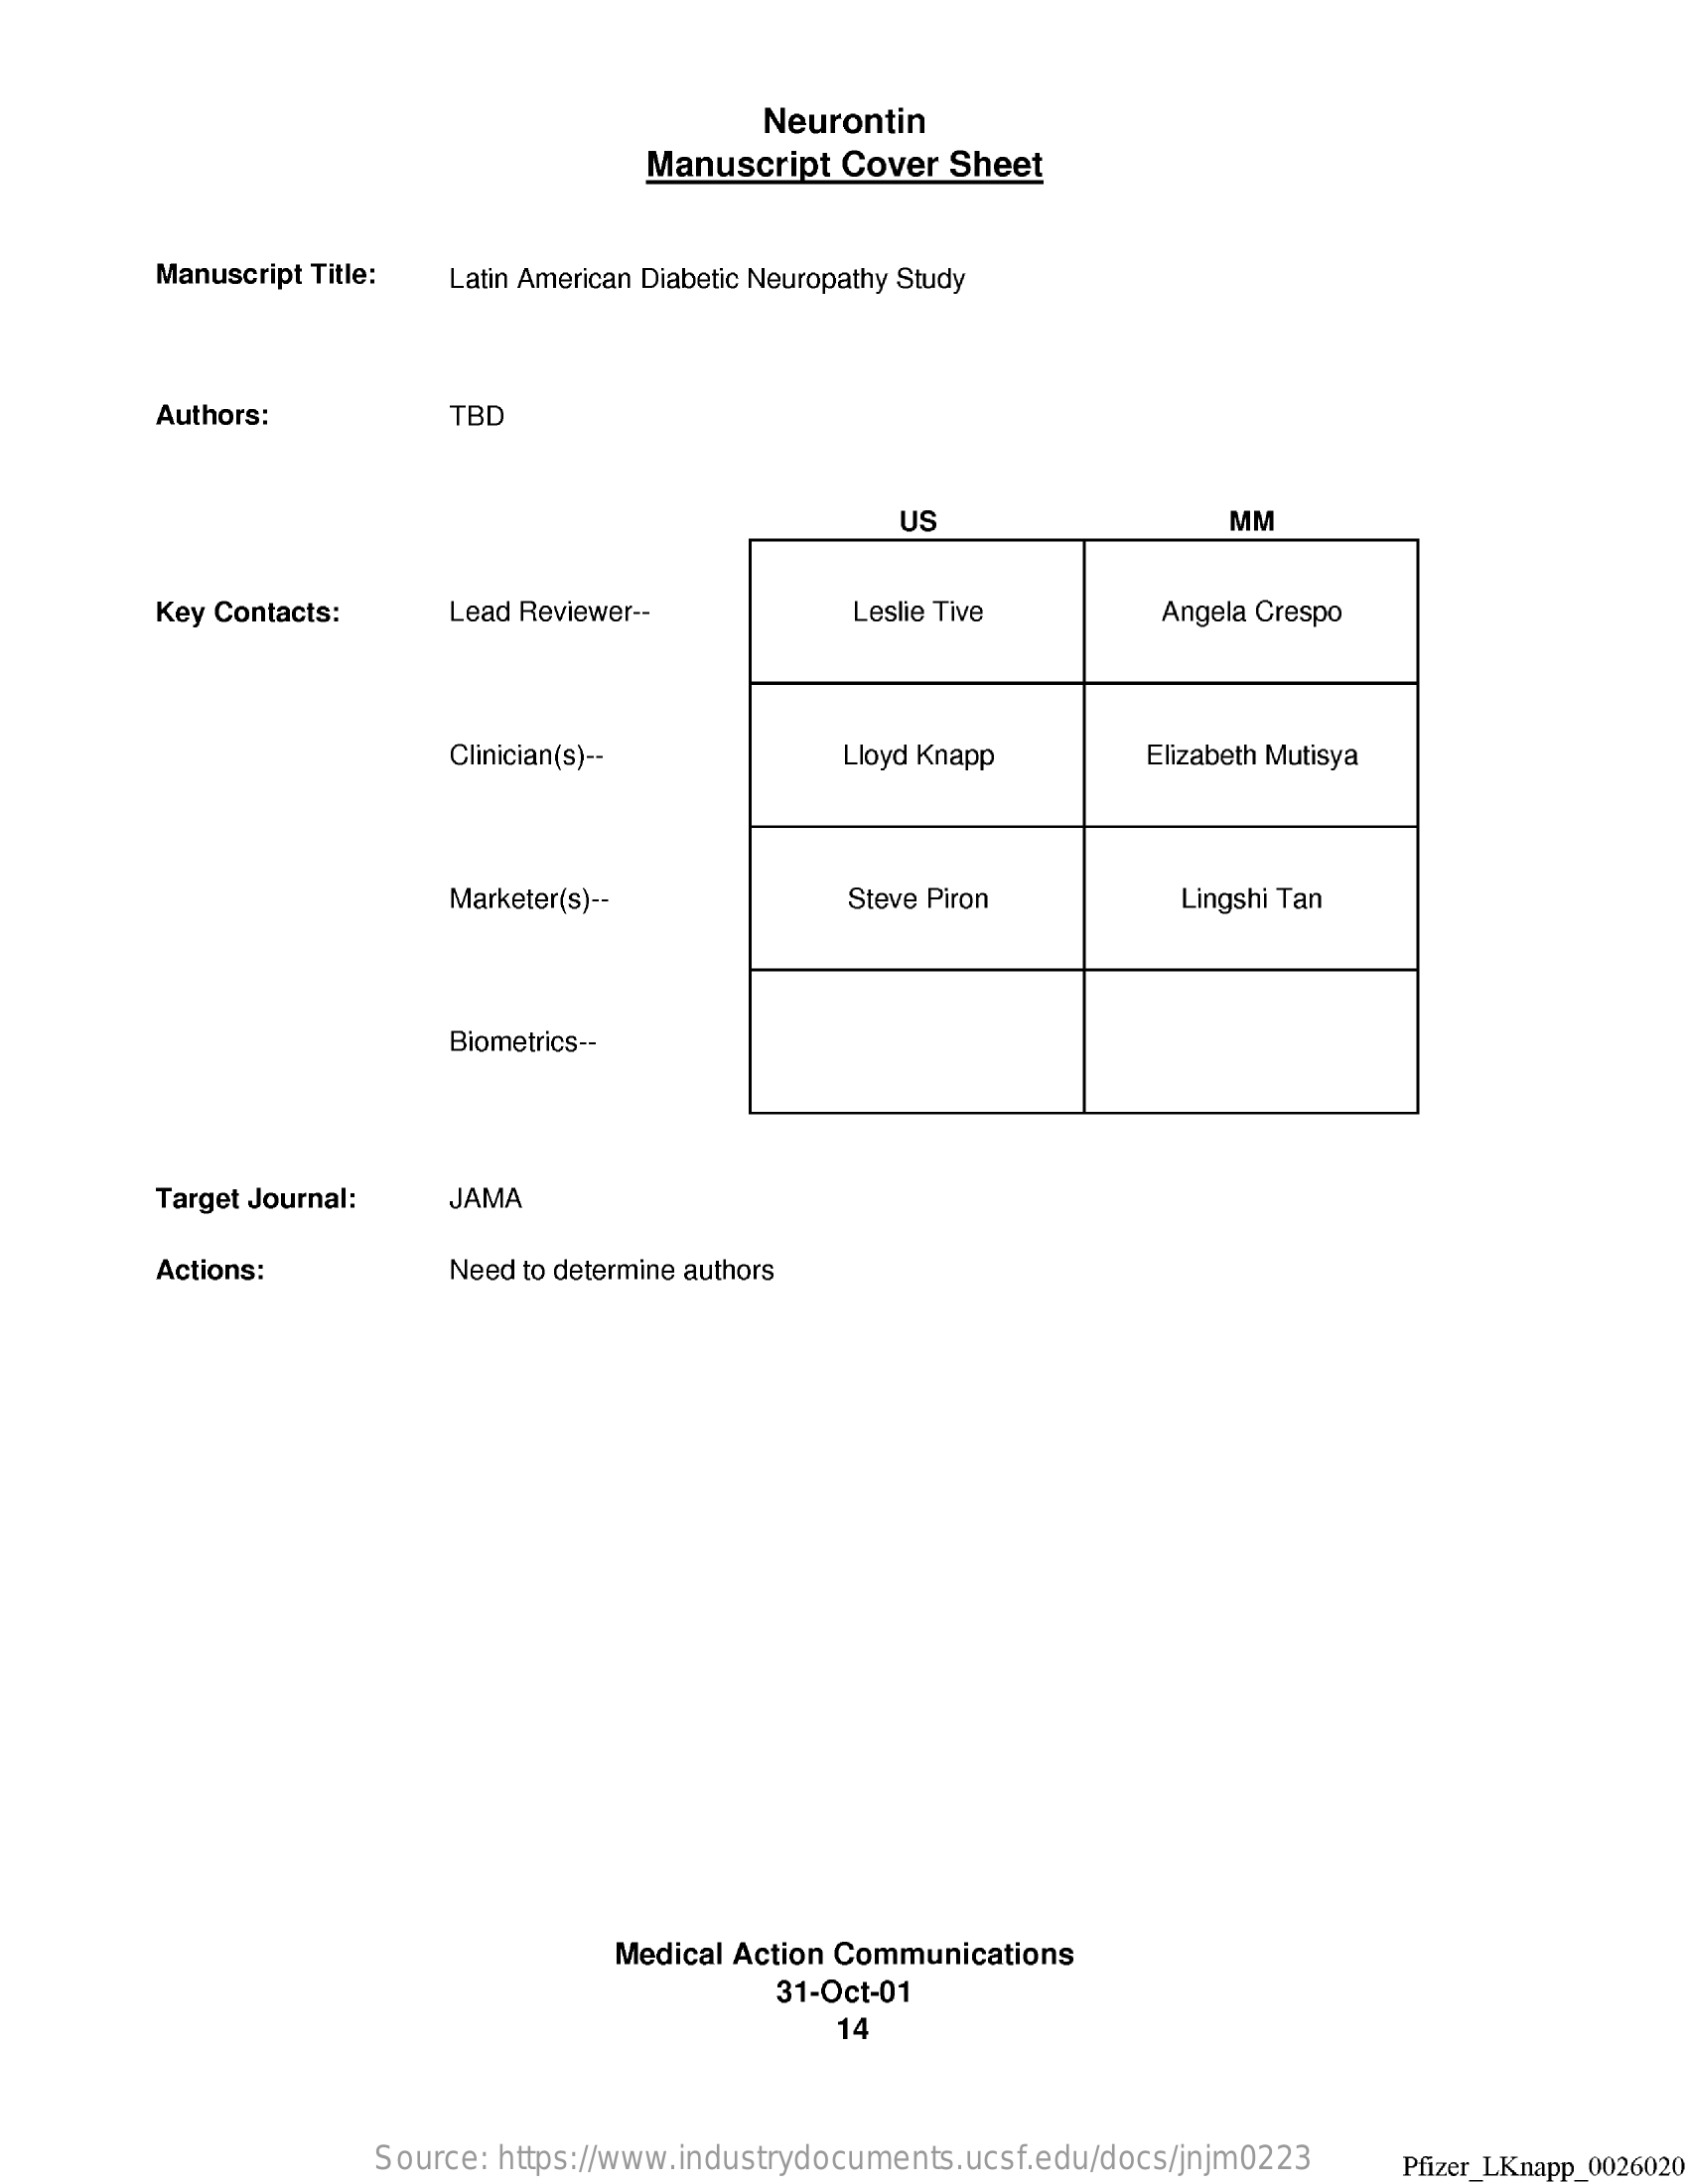
Neurontin
     Manuscript  Cover Sheet
     Manuscript Title: Latin American Diabetic Neuropathy Study
     Authors:    TBD
     US    MM
     Key Contacts:    Lead Reviewer --    Leslie Tive    Angela Crespo
     Clinician(s) --    Lloyd Knapp    Elizabeth Mutisya
     Marketer(s) --    Steve Piron    Lingshi Tan
     Biometrics --
     Target Journal:   JAMA
     Actions:    Need to determine authors
     Medical Action Communications
     31-Oct-01
     14
     Source: https://www.industrydocuments.ucsf.edu/docs/jnjm0223  Pfizer_LKnapp_0026020